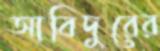
আবিদুরের